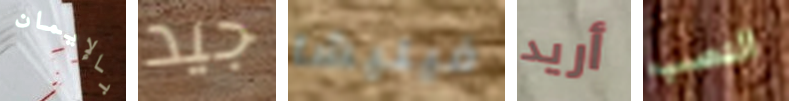
بالإيمان جيد فيليشا أريد النصب